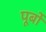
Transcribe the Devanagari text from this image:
पूर्बो